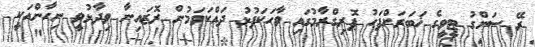
ރޭ ސަންގު ޓީވީގެ ޚަބަރަށްފަހު ޕޮރިގްރާމުގައި ވާހަކަފުޅު ދައްކަވަމުން ރޮޒައިނާ ވިދާޅުވީ ނިހާންއަކީ